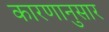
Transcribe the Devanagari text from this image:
कारणानुसार